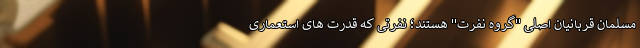
مسلمان قربانیان اصلی "گروه نفرت" هستند؛ نفرتی که قدرت های استعماری